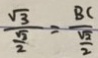
\frac { \sqrt { 3 } } { \frac { \sqrt { 3 } } { 2 } } = \frac { B C } { \frac { \sqrt { 2 } } { 2 } }